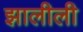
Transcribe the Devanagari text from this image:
झालीली